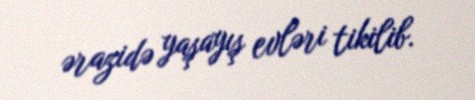
ərazidə yaşayış evləri tikilib.